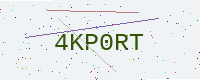
Text: 4KP0RT